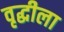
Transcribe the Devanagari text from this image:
वृद्धीला